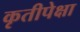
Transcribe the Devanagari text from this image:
कृतीपेक्षा